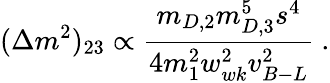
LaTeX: (\Delta m^{2})_{23}\propto{\frac{m_{D,2}m_{D,3}^{5}s^{4}}{4m_{1}^{2}w_{wk}^{2}v_{B-L}^{2}}}~.